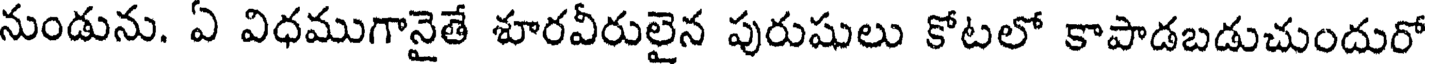
నుండును. ఏ విధముగానైతే శూరవీరులైన పురుషులు కోటలో కాపాడబడుచుందురో